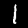
Digit: 1